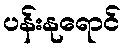
ပန်းနုရောင်